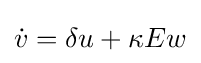
{\dot {v}}=\delta u+\kappa Ew